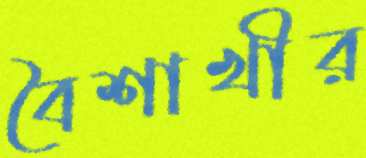
বৈশাখীর